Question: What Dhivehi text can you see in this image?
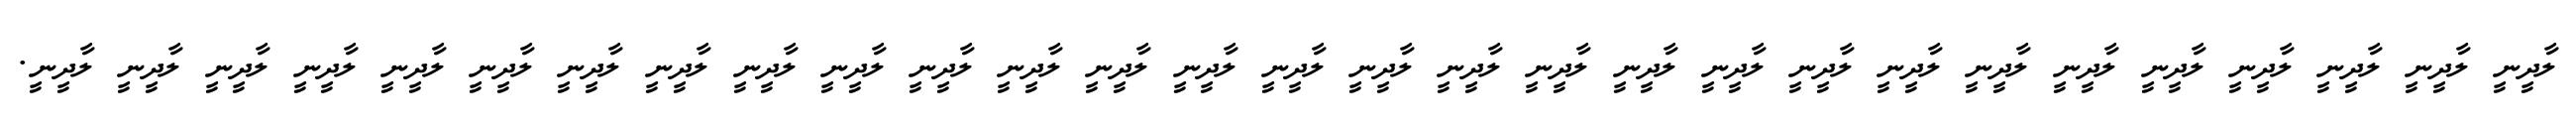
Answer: ލާދީނީ ލާދީނީ ލާދީނީ ލާދީނީ ލާދީނީ ލާދީނީ ލާދީނީ ލާދީނީ ލާދީނީ ލާދީނީ ލާދީނީ ލާދީނީ ލާދީނީ ލާދީނީ ލާދީނީ ލާދީނީ ލާދީނީ ލާދީނީ ލާދީނީ ލާދީނީ ލާދީނީ ލާދީނީ ލާދީނީ ލާދީނީ ލާދީނީ ލާދީނީ ލާދީނީ ލާދީނީ ލާދީނީ.